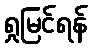
ရှုမြင်ရန်